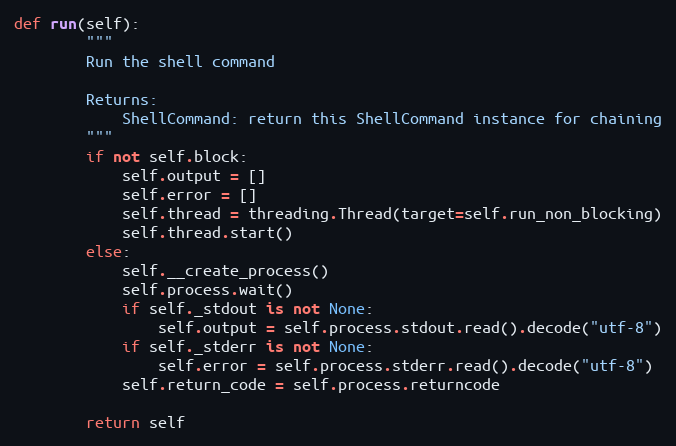
Language: Python
def run(self):
        """
        Run the shell command

        Returns:
            ShellCommand: return this ShellCommand instance for chaining
        """
        if not self.block:
            self.output = []
            self.error = []
            self.thread = threading.Thread(target=self.run_non_blocking)
            self.thread.start()
        else:
            self.__create_process()
            self.process.wait()
            if self._stdout is not None:
                self.output = self.process.stdout.read().decode("utf-8")
            if self._stderr is not None:
                self.error = self.process.stderr.read().decode("utf-8")
            self.return_code = self.process.returncode

        return self